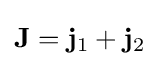
\mathbf {J} =\mathbf {j} _{1}+\mathbf {j} _{2}